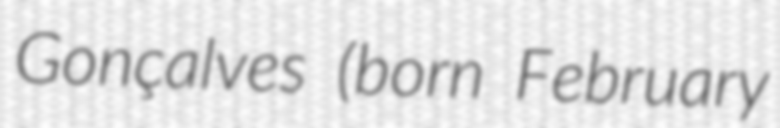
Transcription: Gonçalves (born February